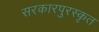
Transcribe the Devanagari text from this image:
सरकारपुरस्कृत